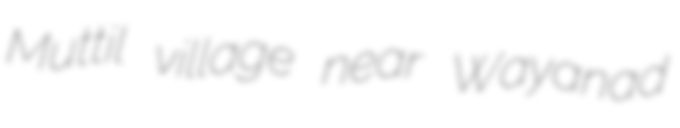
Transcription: Muttil village near Wayanad